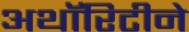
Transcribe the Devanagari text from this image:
अथॉरिटीने